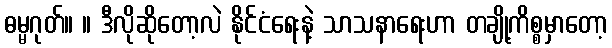
ဓမ္မဂုတ်။ ။ ဒီလိုဆိုတော့လဲ နိုင်ငံရေးနဲ့ သာသနာရေးဟာ တချို့ကိစ္စမှာတော့